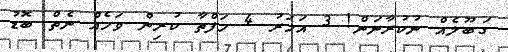
ގަބޫލެއް ނުކުރާނަން! 3 އަހަރު 4 ހަފްތާ ކުރިން ވަހެއް ނެތް ބޮޑު